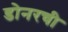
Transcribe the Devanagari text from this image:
डोनरची